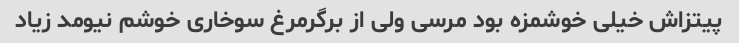
پیتزاش خیلی خوشمزه بود مرسی ولی از برگرمرغ سوخاری خوشم نیومد زیاد